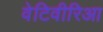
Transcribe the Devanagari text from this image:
वेटिवीरिआ